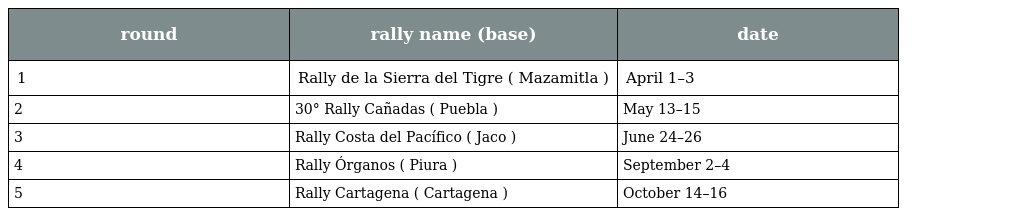
| round | rally name (base) | date |
 | --- | --- | --- |
 | 1 | Rally de la Sierra del Tigre ( Mazamitla ) | April 1–3 |
 | 2 | 30° Rally Cañadas ( Puebla ) | May 13–15 |
 | 3 | Rally Costa del Pacífico ( Jaco ) | June 24–26 |
 | 4 | Rally Órganos ( Piura ) | September 2–4 |
 | 5 | Rally Cartagena ( Cartagena ) | October 14–16 |